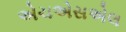
એચએસએલ